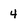
Character: 4